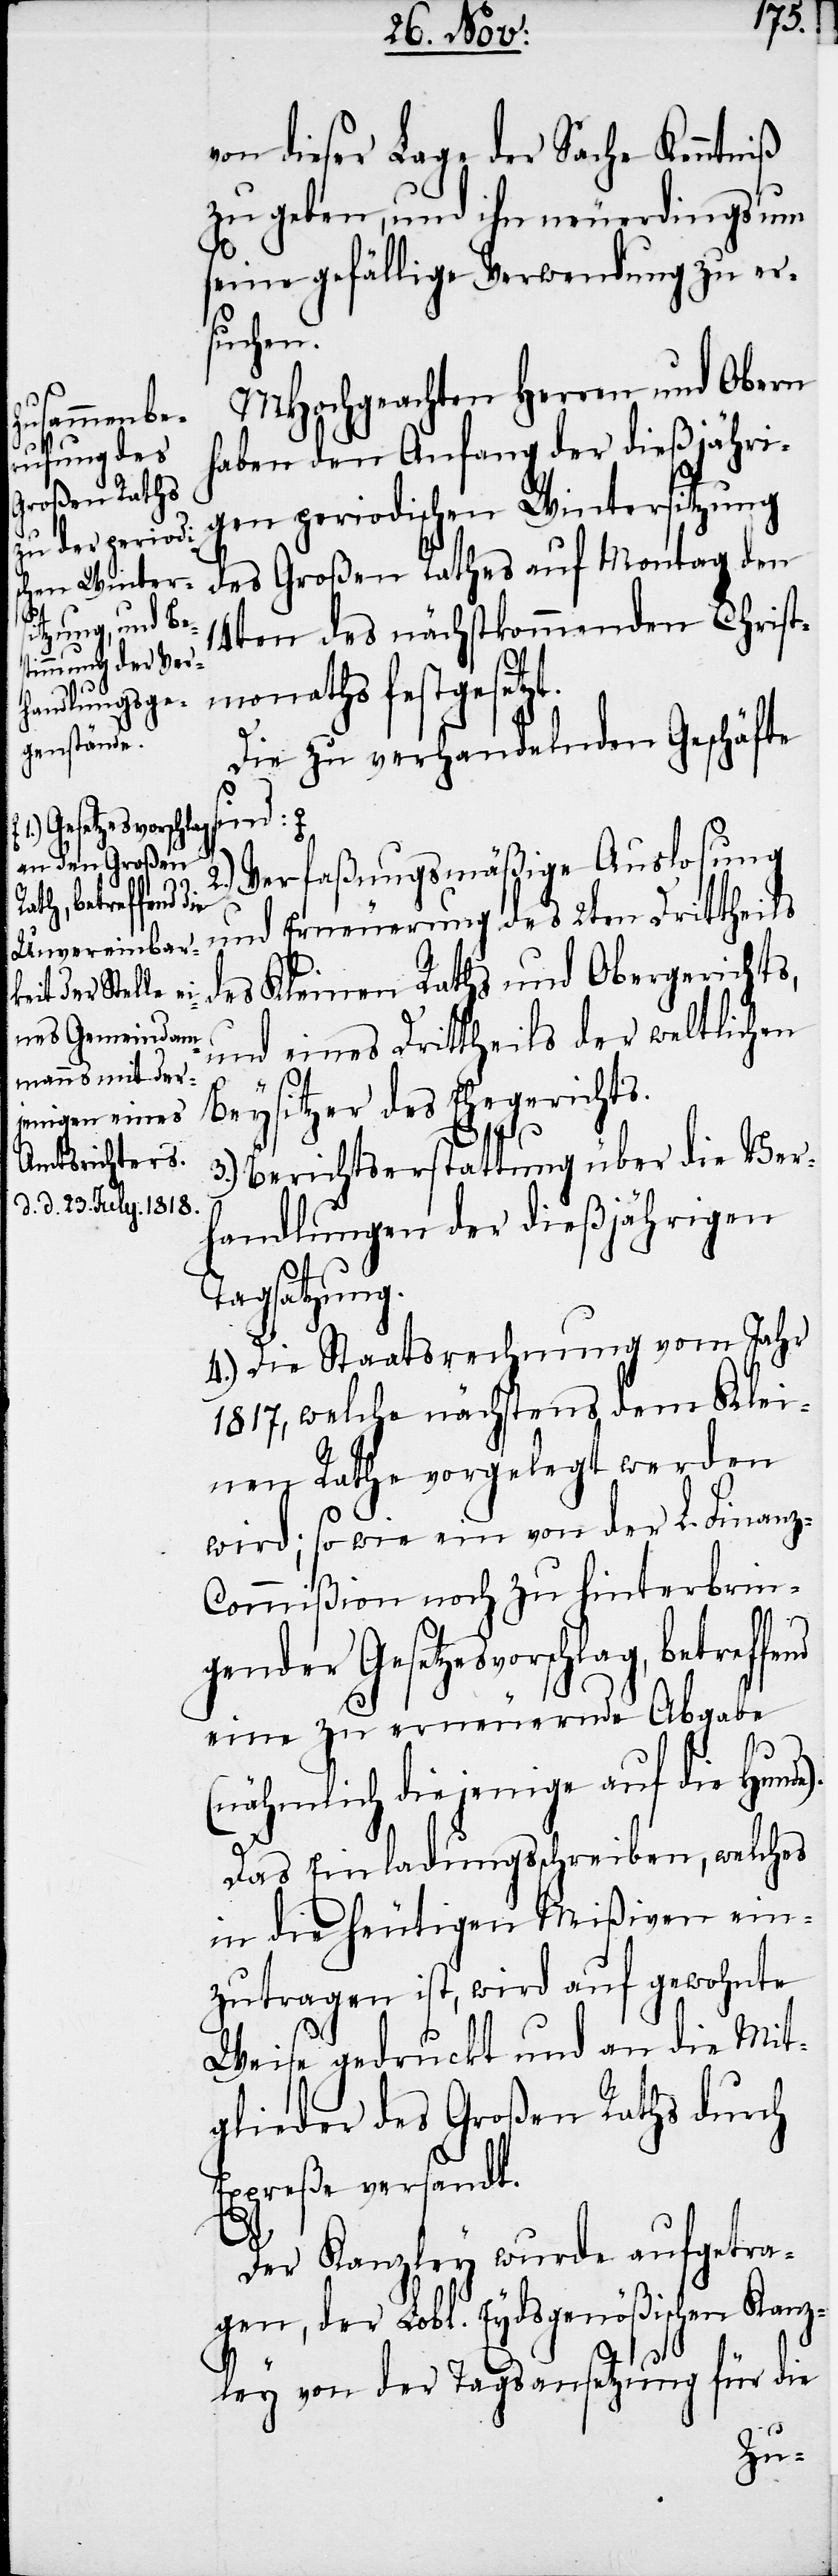
Gesetzesvorschl¬
an den Großen
ag, betreffend
Unvereinbar¬
keit der Stelle ei¬
nes Gemeindam¬
mans mit der¬
jenigen eines
Amtsrichters.
d. d. 23. July. 1818.-a

von dieser Lage der Sache Kenntniß
zu geben, und ihn neuerdings um
seine gefällige Verwendung zu er¬
suchen.
MHochgeachten Herren und Obern
haben den Anfang der dießjähri¬
gen periodischen Wintersitzung
des Großen Rathes auf Montag den
14ten des nächstkommenden Christ¬
monaths festgesetzt.
Die zu verhandelnden Geschäfte
gender
Verfaßungsmäßige Auslosung
und Erneuerung des 2ten Drittheils
des Kleinen Raths und Obergerichts,
und eines Drittheils der weltlichen
Beysitzer des Ehegerichts.
e).
3.) Berichtserstattung über die Ver¬
handlungen der dießjährigen
Tagsatzung.
4.) Die Staatsrechnung vom Jahr
1817, welche nächstens dem Klei¬
nen Rathe vorgelegt werden
wird; so wie ein von der L. Finan¬
ommißion noch zu hinterbrin¬
eine zu erneuernde Abgabe
(nähmlich diejenige auf die Hund¬
Das Einladungsschreiben, welches
in die heutigen Mißiven ein¬
zutragen ist, wird auf gewohnte
Weise gedruckt und an die Mit¬
glieder des Großen Raths durch
Expreße versandt.
Der Kanzley wurde aufgetra¬
gen, der Lobl. Eydsgenößischen Kanz¬
ley von der Tagsatzung für die